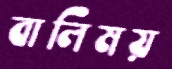
বালিময়